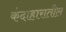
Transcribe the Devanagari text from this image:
कंदाहारातील